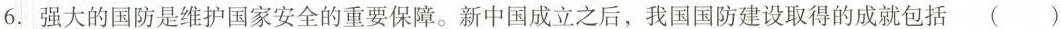
6.强大的国防是维护国家安全的重要保障。新中国成立之后，我国国防建设取得的成就包括 ( )